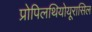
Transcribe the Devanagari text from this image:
प्रोपिलथियोयूरासिल